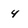
Character: 4